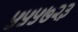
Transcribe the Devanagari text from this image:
५५५७२३